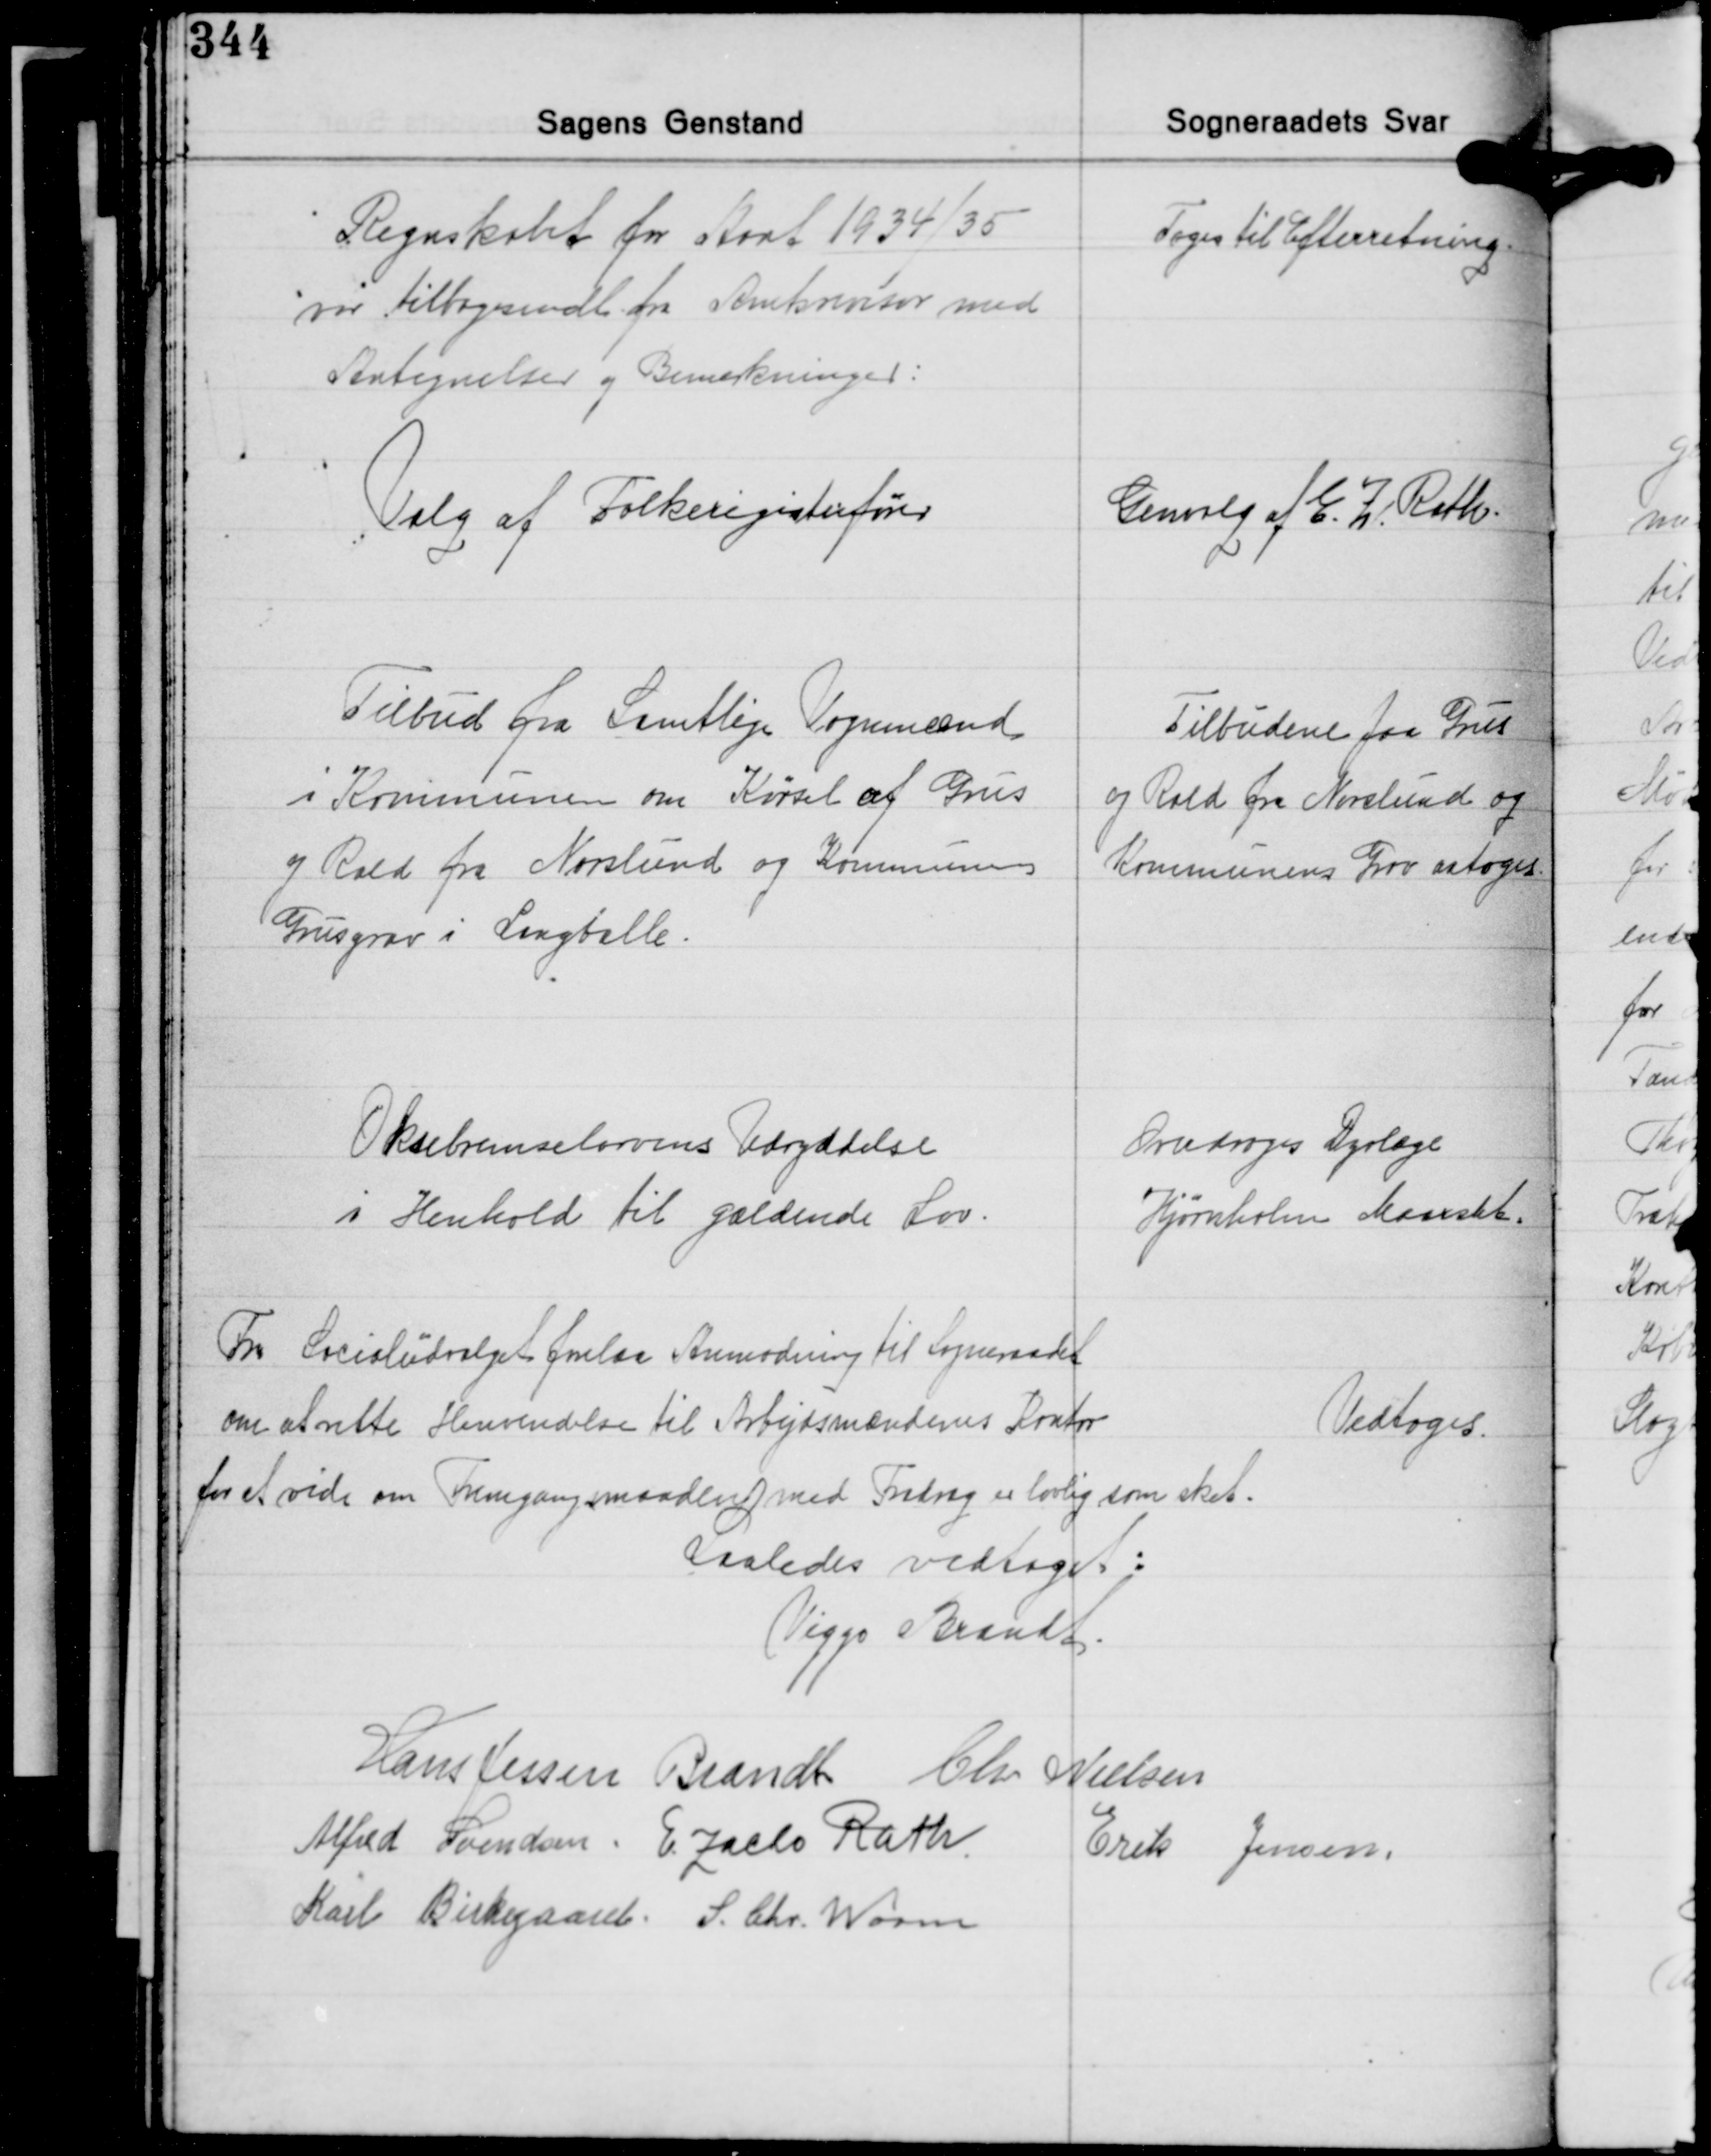
Transskription:
Regnskabet for Aaret 1934/35
var tilbagesendt fra Amtsrevisor med
Antegnelser og Bemærkninger:

Toges til Efterretning.

Valg af Folkeregisterfører

Genvalg af E. Z. Rath.

Tilbud fra Samtlige Vognmænd
i Kommunen om Kørsel af Grus
og Rald fra Norslund og Kommunens
Grusgrav i Langballe.

Tilbudene paa Grus
og Rald fra Norslund og
Kommunens Grav antoges.

Oksebremselarvens Udryddelse
i Henhold til gældende Lov.

Overdroges Dyrlæge
Hjørnholm Maarslet.

Fra Socialudvalget forelaa Anmodning til Sogneraadet
om at rette Henvendelse til Arbejdsmændenes Kontor
for at vide om Fremgangsmaaden med Fradrag er lovlig som sket.

Vedtoges.

Saaledes vedtaget:
Viggo Brandt

Hans Jessen Brandt Chr. Nielsen
Alfred Svendsen E. Zacho Rath
Erik Jensen
Karl Birkegaard S. Chr. Worm